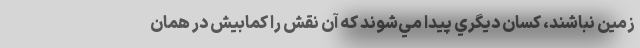
زمين نباشند، كسان ديگري پيدا مي‌شوند كه آن نقش را كمابيش در همان